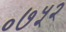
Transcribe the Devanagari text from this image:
०७५२